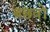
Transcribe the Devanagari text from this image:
बछवों